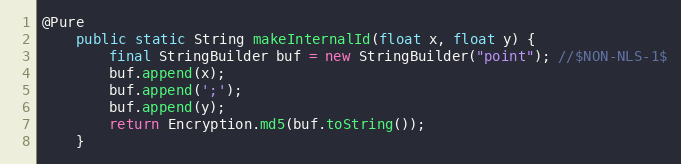
Language: Java
@Pure
	public static String makeInternalId(float x, float y) {
		final StringBuilder buf = new StringBuilder("point"); //$NON-NLS-1$
		buf.append(x);
		buf.append(';');
		buf.append(y);
		return Encryption.md5(buf.toString());
	}